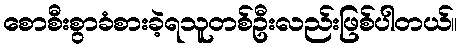
စောစီးစွာခံစားခဲ့ရသူတစ်ဦးလည်းဖြစ်ပါတယ်။